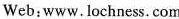
Web:www.Lochness. Com